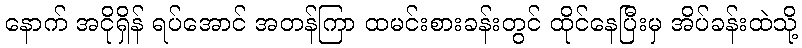
နောက် အငိုရှိန် ရပ်အောင် အတန်ကြာ ထမင်းစားခန်းတွင် ထိုင်နေပြီးမှ အိပ်ခန်းထဲသို့